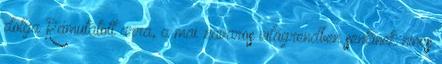
dolga Rámutatott arra, a mai zavaros világrendben senkinek nincs